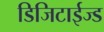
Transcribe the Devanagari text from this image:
डिजिटाईज्ड